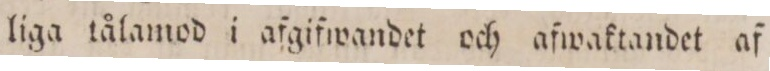
liga tålamod i afgifwandet och afwaktandet af